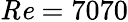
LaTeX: \mathit{Re}=7070